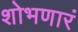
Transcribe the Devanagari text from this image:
शोभणारं